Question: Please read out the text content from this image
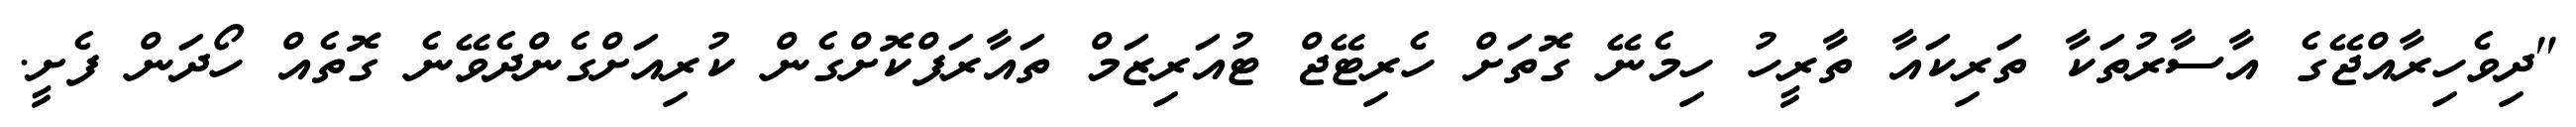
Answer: "ދިވެހިރާއްޖޭގެ އާސާރުތަކާ ތަރިކައާ ތާރީހު ހިމެނޭ ގޮތަށް ހެރިޓޭޖް ޓުއަރިޒަމް ތައާރަފްކޮށްގެން ކުރިއަށްގެންދެވޭނެ ގޮތެއް ހޯދަން ފެށީ.